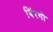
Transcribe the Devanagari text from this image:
बिंरगी